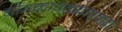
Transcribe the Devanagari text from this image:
डोमकावळ्याएवढा